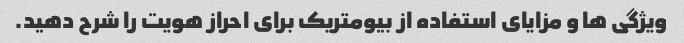
ویژگی ها و مزایای استفاده از بیومتریک برای احراز هویت را شرح دهید.